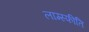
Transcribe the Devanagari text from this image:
लाग्स्फीति